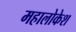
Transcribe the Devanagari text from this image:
महालोकेश